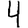
Digit: 4